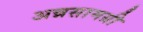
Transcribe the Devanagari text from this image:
अन्नसामग्री